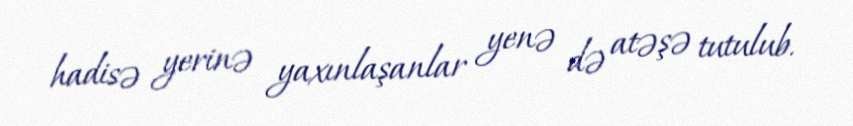
hadisə yerinə yaxınlaşanlar yenə də atəşə tutulub.